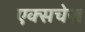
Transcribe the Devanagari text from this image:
एक्सचेज़